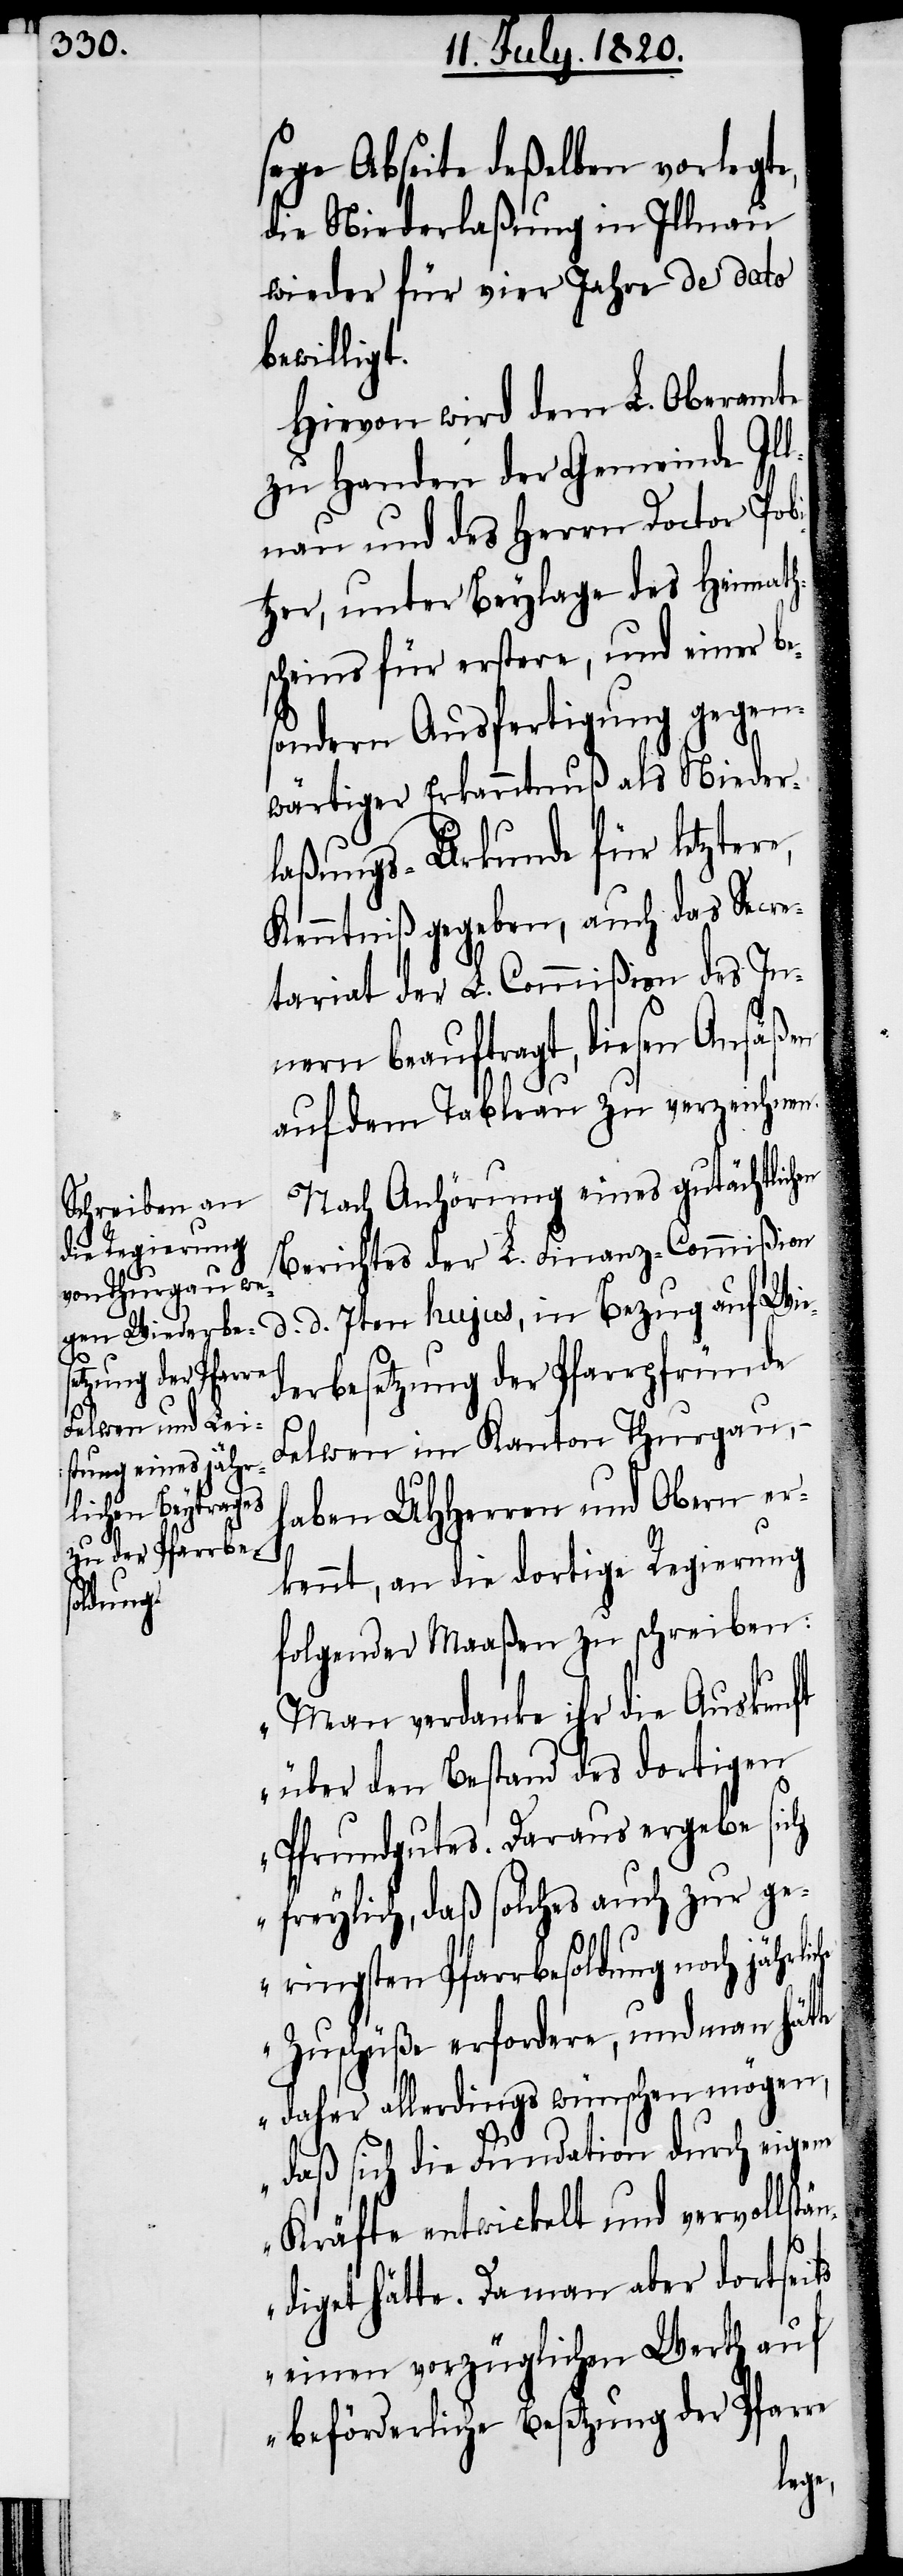
etzung der Pfarre

sage Abseite deßelben vorlegte,
die Niederlaßung in Illnau
wieder für vier Jahre de dato
bewilligt.
Hievon wird dem L. Oberamte
zu Handen der Gemeinde Ill¬
nau und des Herrn Doctor Pobi¬
tzer, unter Beylage des Heimath¬
scheins für erstere, und einer be¬
sondern Ausfertigung gegen¬
wärtiger Erkanntnuß als Nieder¬
laßungs-Urkunde für letztere,
Kenntniß gegeben, auch das Secre¬
tariat der L. Commißion des In¬
nern beauftragt, diesen Ansäßen
auf dem Tableau zu verzeichnen.
Nach Anhörung eines gutächtlichen
Berichtes der L. Finanz-Commißion
d. d. 7ten hujus, in Bezug auf Wie¬
derbesetzung der Pfarrpfründe
Felwen im Kanton Thurgau,
haben UHHerren und Obern er¬
kennt, an die dortige Regierung
folgender Maaßen zu schreiben:
„Man verdanke ihr die Auskunft
über den Bestand des dortigen
Pfrundgutes. Daraus ergebe sich
freylich, daß solches auch zur ge¬
ringsten Pfarrbesoldung noch jährlic¬
Zuschüße erfordere, und man hätte
daher allerdings wünschen mögen,
daß sich die Fundation durch eigene
Kräfte entwickelt und vervollstä¬
ndiget hätte. Da man aber dortseits
einen vorzüglichen Werth auf
Bes¬